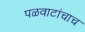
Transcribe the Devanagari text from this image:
पळवाटांचाच